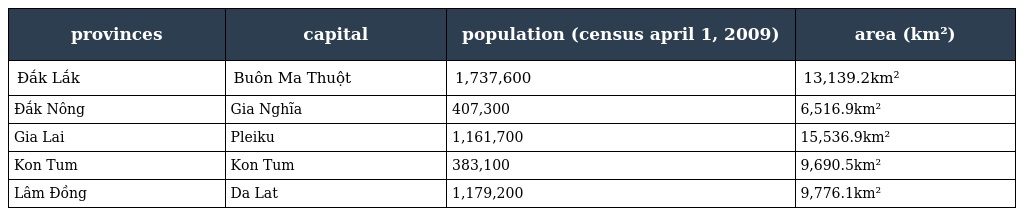
| provinces | capital | population (census april 1, 2009) | area (km²) |
 | --- | --- | --- | --- |
 | Đắk Lắk | Buôn Ma Thuột | 1,737,600 | 13,139.2km² |
 | Đắk Nông | Gia Nghĩa | 407,300 | 6,516.9km² |
 | Gia Lai | Pleiku | 1,161,700 | 15,536.9km² |
 | Kon Tum | Kon Tum | 383,100 | 9,690.5km² |
 | Lâm Đồng | Da Lat | 1,179,200 | 9,776.1km² |